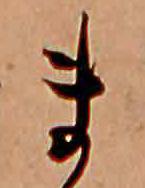
ま